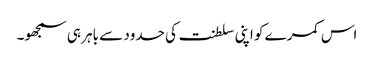
اس کمرے کو اپنی سلطنت کی حدود سے باہر ہی سمجھو۔